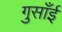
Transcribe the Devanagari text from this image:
गुसाँई